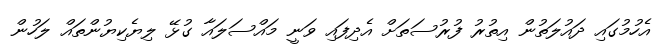
އެހުމުގައި ދައުލަތުން އިތުރު ފުރުސަތަށް އެދިފައި ވަނީ މައްސަލައާ ގުޅޭ ލިޔެކިޔުންތައް ލަހުން